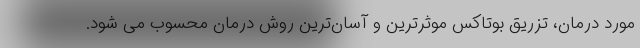
مورد درمان، تزریق بوتاکس موثرترین و آسان‌ترین روش درمان محسوب می شود.